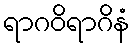
ရာဂဝိရာဂိနံ